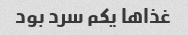
غذاها یکم سرد بود